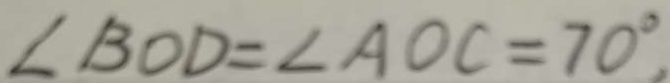
\angle B O D = \angle A O C = 7 0 ^ { \circ } ,